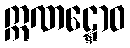
ဣဏဋ္ဋောဝ